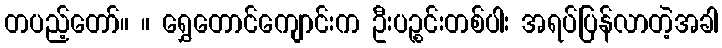
တပည့်တော်။ ။ ရွှေတောင်ကျောင်းက ဦးပဉ္စင်းတစ်ပါး အရပ်ပြန်လာတဲ့အခါ